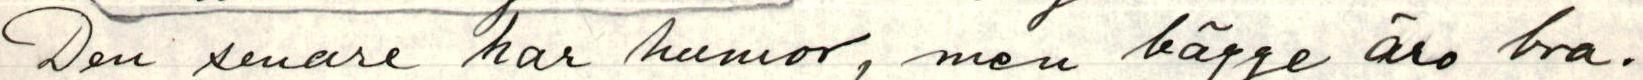
Den senare har humor, men bägge äro bra.